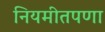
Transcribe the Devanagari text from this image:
नियमीतपणा